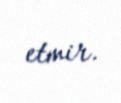
etmir.